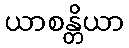
ယာစန္တိယာ